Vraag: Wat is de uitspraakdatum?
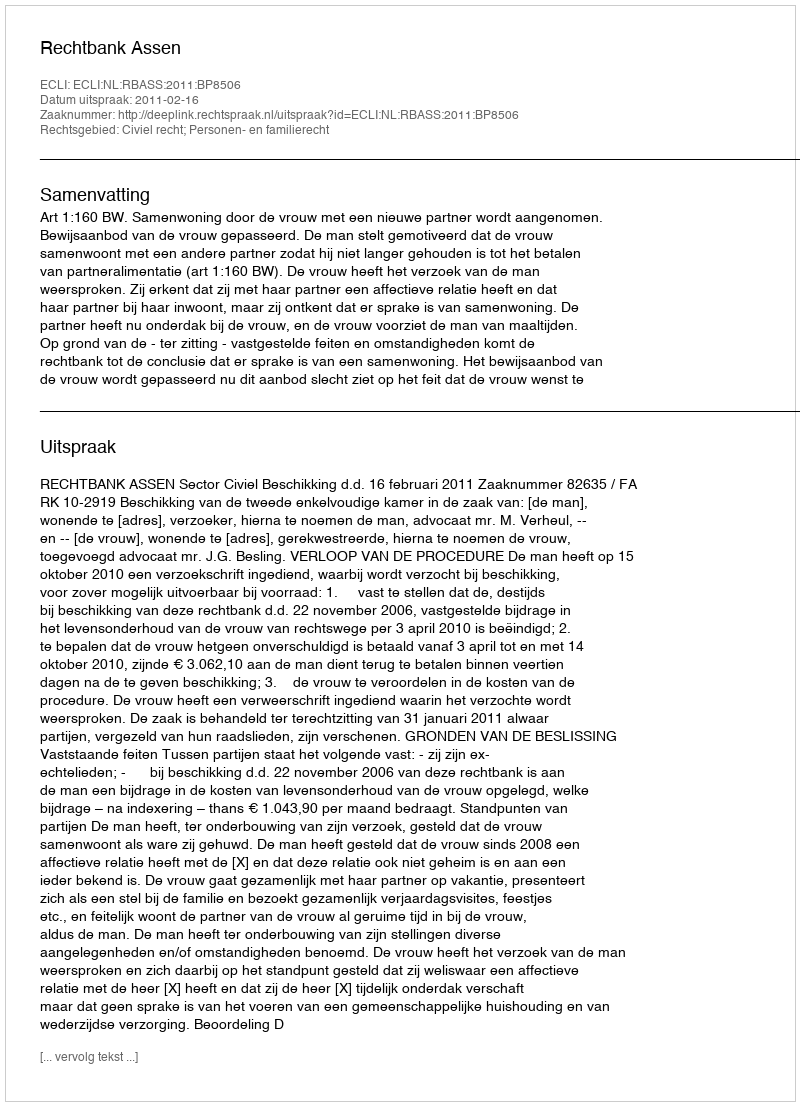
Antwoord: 2011-02-16